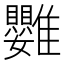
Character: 䨉